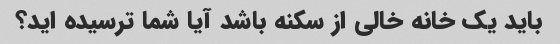
باید یک خانه خالی از سکنه باشد آیا شما ترسیده اید؟